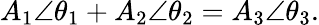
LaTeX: A_{1}\angle\theta_{1}+A_{2}\angle\theta_{2}=A_{3}\angle\theta_{3}.